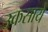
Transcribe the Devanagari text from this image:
उकसाये